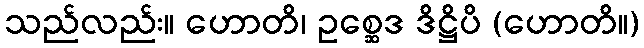
သည်လည်း။ ဟောတိ၊ ဥစ္ဆေဒ ဒိဋ္ဌိပိ (ဟောတိ။)